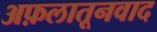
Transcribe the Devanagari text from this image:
अफ़लातूनवाद